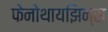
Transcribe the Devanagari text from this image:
फेनोथायझिन्स